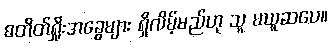
စတိတ်ရှိုးအခွေများ ရှိလိမ့်မည်ဟု သူ မယူဆပေ။